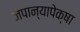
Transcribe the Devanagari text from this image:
जपान्यापेक्षा